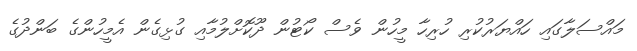
މައްސަލާގައި ހައްޔަރުކުރި ހުރިހާ މީހުން ވެސް ކޯޓުން ދޫކޮށްލުމާއި ގުޅިގެން އެމީހުންގެ ބަންދުގެ